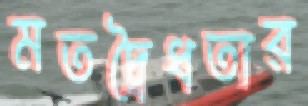
মতদ্বৈধতার